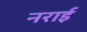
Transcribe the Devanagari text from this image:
नराई